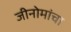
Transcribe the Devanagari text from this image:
जीनोमांचा